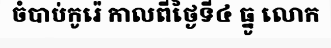
ចំបាប់កូរ៉េ កាលពីថ្ងៃទី៤ ធ្នូ លោក